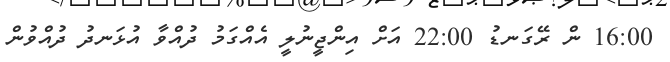
16:00 ން ރޭގަނޑު 22:00 އަށް އިންޖީނުލީ އެއްގަމު ދުއްވާ އުޅަނދު ދުއްވުން